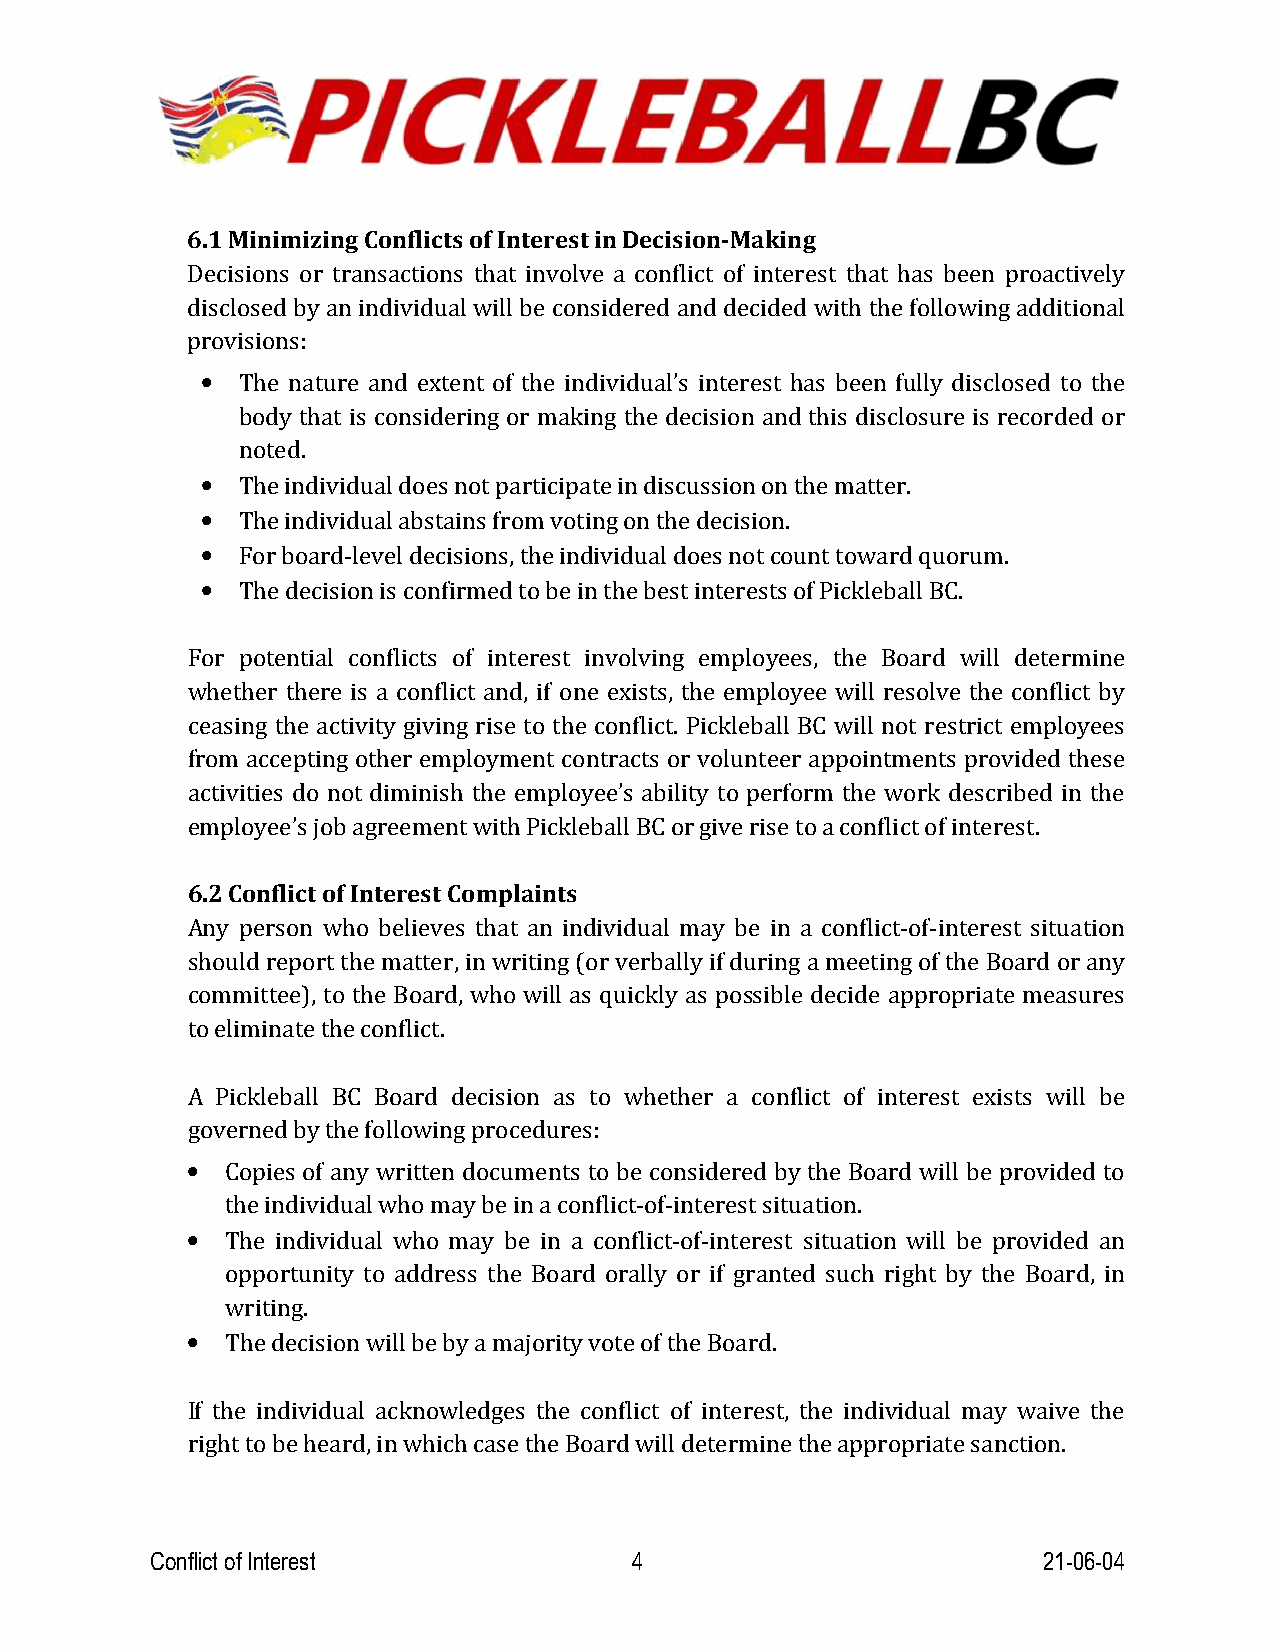
6.1 Minimizing Conflicts of Interest in Decision-Making
 Decisions or transactions that involve a conflict of interest that has been proactively
 disclosed by an individual will be considered and decided with the following additional
 provisions:
 •  The nature and extent of the individual’s interest has been fully disclosed to the
 body that is considering or making the decision and this disclosure is recorded or
 noted.
 •  The individual does not participate in discussion on the matter.
 •  The individual abstains from voting on the decision.
 •  For board-level decisions, the individual does not count toward quorum.
 •  The decision is confirmed to be in the best interests of Pickleball BC.
 For potential conflicts of interest involving employees, the Board will determine
 whether there is a conflict and, if one exists, the employee will resolve the conflict by
 ceasing the activity giving rise to the conflict. Pickleball BC will not restrict employees
 from accepting other employment contracts or volunteer appointments provided these
 activities do not diminish the employee’s ability to perform the work described in the
 employee’s job agreement with Pickleball BC or give rise to a conflict of interest.
 6.2 Conflict of Interest Complaints
 Any person who believes that an individual may be in a conflict-of-interest situation
 should report the matter, in writing (or verbally if during a meeting of the Board or any
 committee), to the Board, who will as quickly as possible decide appropriate measures
 to eliminate the conflict.
 A Pickleball BC Board decision as to whether a conflict of interest exists will be
 governed by the following procedures:
 •  Copies of any written documents to be considered by the Board will be provided to
 the individual who may be in a conflict-of-interest situation.
 •  The individual who may be in a conflict-of-interest situation will be provided an
 opportunity to address the Board orally or if granted such right by the Board, in
 writing.
 •  The decision will be by a majority vote of the Board.
 If the individual acknowledges the conflict of interest, the individual may waive the
 right to be heard, in which case the Board will determine the appropriate sanction.
 Conflict of Interest            4                          21-06-04